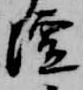
壇